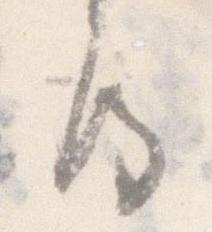
房